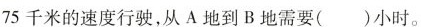
75千米的速度行驶，从A地到B地需要()小时。